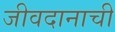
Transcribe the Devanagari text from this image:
जीवदानाची